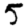
Digit: 5